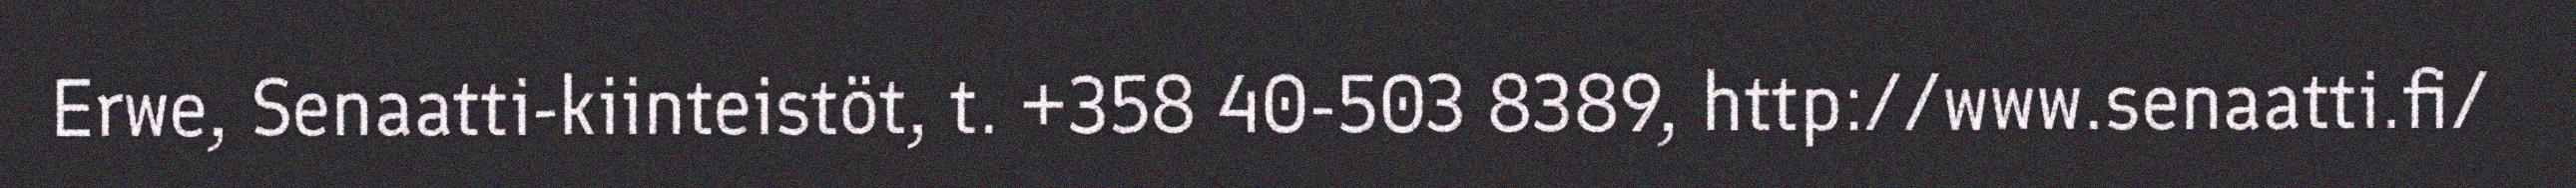
Erwe, Senaatti-kiinteistöt, t. +358 40-503 8389, http://www.senaatti.fi/